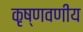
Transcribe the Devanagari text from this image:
कृष्णवणीय